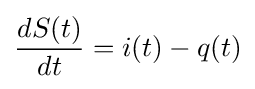
{dS(t) \over dt}=i(t)-q(t)